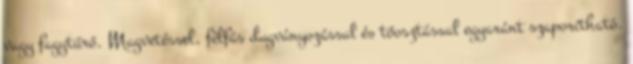
vagy fagytűrő. Magvetéssel, félfás dugványozással és tőosztással egyaránt szaporítható.